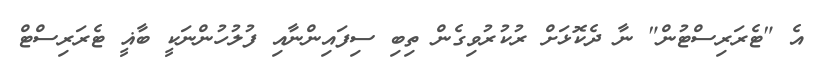
އެ "ޓެރަރިސްޓުން" ނާ ދެކޮޅަށް ރުކުރުވިގެން ތިބި ސިފައިންނާއި ފުލުހުންނަކީ ބާޣީ ޓެރަރިސްޓް